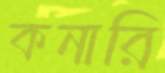
কনারি